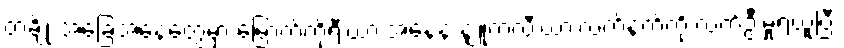
တချို့ အခြေအနေတွေမှာ မြောက်ကိုရီးယားအနေနဲ့ နျူကလီးယားလက်နက်ကို လက်ဦးမှုရယူပြီး